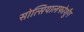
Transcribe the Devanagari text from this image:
सोत्सियालफोर्शुंग